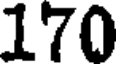
170